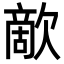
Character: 歒